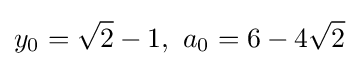
y_{0}={\sqrt {2}}-1,\ a_{0}=6-4{\sqrt {2}}